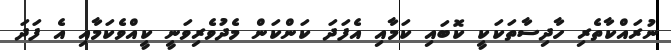
ނުރައްކާތެރި ހާދިސާތަކަކީ ކޮބައި ކަމާއި އެފަދަ ކަންކަން މެދުވެރިވަނީ ކީއްވެކަމާއި އެ ފަދަ